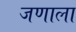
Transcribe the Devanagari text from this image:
जणाला